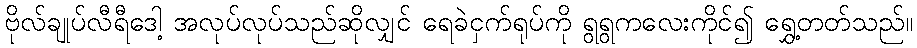
ဗိုလ်ချုပ်လီရီဒေါ့ အလုပ်လုပ်သည်ဆိုလျှင် ရေခဲငှက်ရုပ်ကို ရွရွကလေးကိုင်၍ ရွှေ့တတ်သည်။